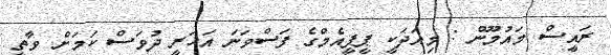
ރައީސް މައުމޫން : މިއަދަކީ ޕީޕީއެމްގެ ފަސްވަނަ އަހަރީ ދުވަސް ކަމަށް ވާތީ